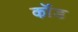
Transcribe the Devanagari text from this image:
कॉंड